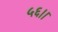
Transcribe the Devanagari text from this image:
५६।।